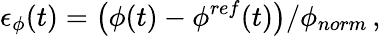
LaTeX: \epsilon_{\phi}(t)=\left(\phi(t)-\phi^{ref}(t)\right)/\phi_{norm}\, ,